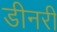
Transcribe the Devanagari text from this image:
डीनरी